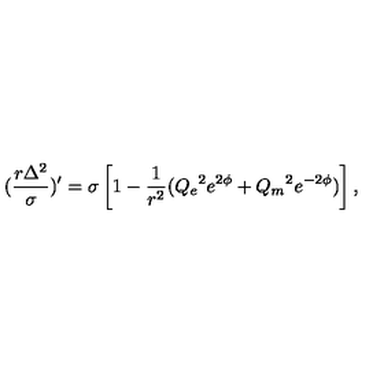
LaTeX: ( \frac { r \Delta ^ { 2 } } { \sigma } ) ^ { \prime } = \sigma \left[ 1 - \frac { 1 } { r ^ { 2 } } ( { Q _ { e } } ^ { 2 } e ^ { 2 \phi } + { Q _ { m } } ^ { 2 } e ^ { - 2 \phi } ) \right] ,